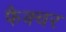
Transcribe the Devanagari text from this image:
फैक्चर